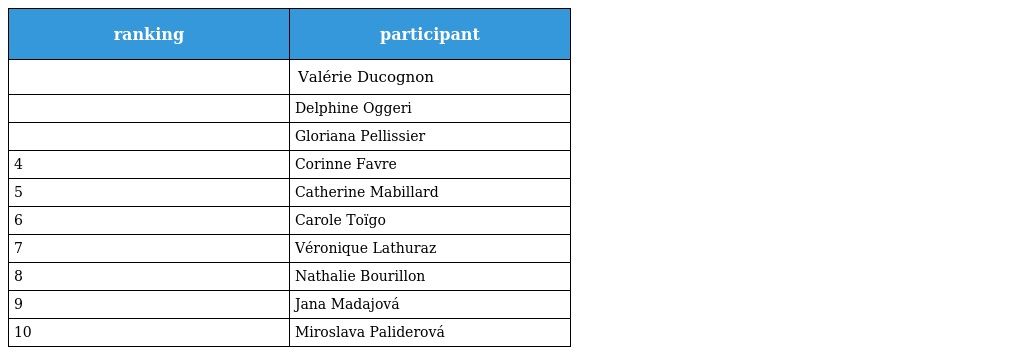
| ranking | participant |
 | --- | --- |
 |  | Valérie Ducognon |
 |  | Delphine Oggeri |
 |  | Gloriana Pellissier |
 | 4 | Corinne Favre |
 | 5 | Catherine Mabillard |
 | 6 | Carole Toïgo |
 | 7 | Véronique Lathuraz |
 | 8 | Nathalie Bourillon |
 | 9 | Jana Madajová |
 | 10 | Miroslava Paliderová |